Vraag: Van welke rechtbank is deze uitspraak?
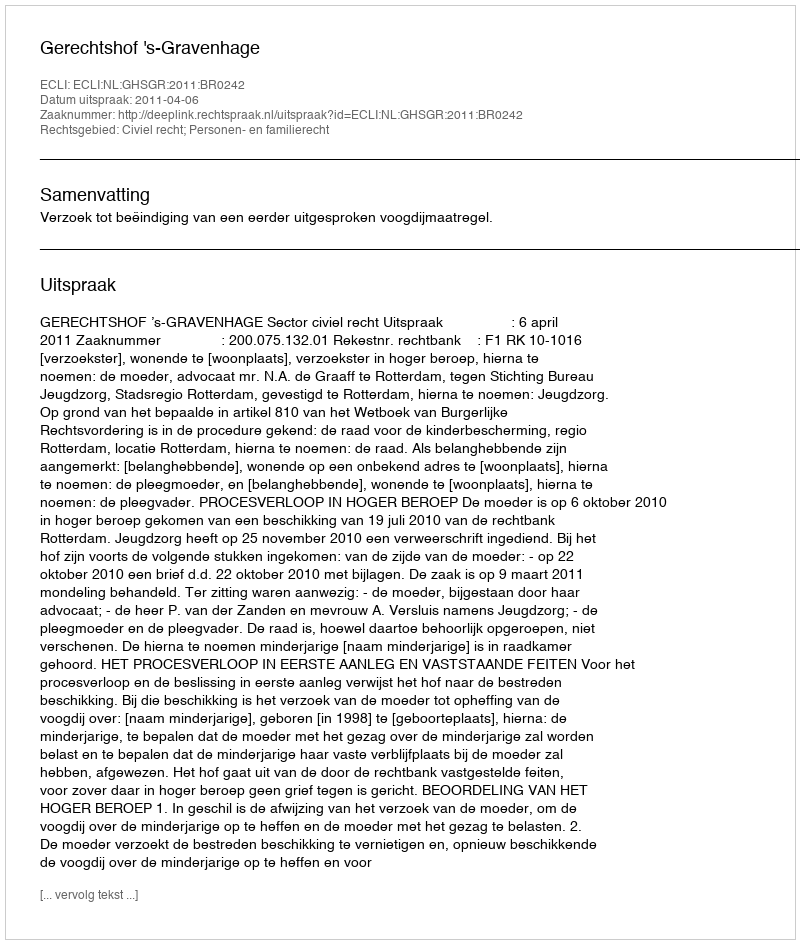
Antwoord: Gerechtshof 's-Gravenhage